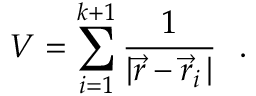
V = \sum _ { i = 1 } ^ { k + 1 } \frac { 1 } { | \vec { r } - \vec { r } _ { i } \, | } ~ ~ .